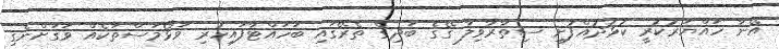
އޭނާ ހައްޔަރުކުރީ ކުޅުދުއްފުށި ސިތާރާވިލާ ގޭގެ ބަދިގެ ތެރޭގައި ބަހައްޓާފައިހުރި ވަޅޯމަސްތަކެއް ވަގަށްނެގި